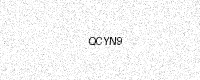
Text: QCYN9